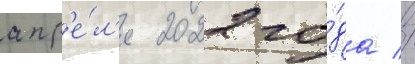
апр'е́л'я 2022 го́да //